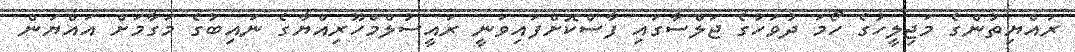
ރައްޔިތުންގެ މަޖިލީހުގެ ހޯމަ ދުވަހުގެ ޖަލްސާގައި ފާސްކޮށްފައިވަނީ ރައީސުލްމްހޫރިއްޔާގެ ނައިބުގެ މަގާމަށް އައްޔަން